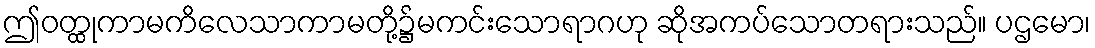
ဤဝတ္ထုကာမကိလေသာကာမတို့၌မကင်းသောရာဂဟု ဆိုအကပ်သောတရားသည်။ ပဌမော၊